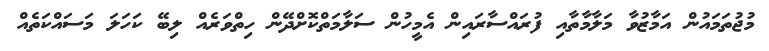
މުޖުތަމައުން އަމާޒުވާ މަލާމާތާއި ފުރައްސާރައިން އެމީހުން ސަލާމަތްކޮށްދޭން ހިތްވަރެއް ލިބޭ ކަހަލަ މަސައްކަތެއް